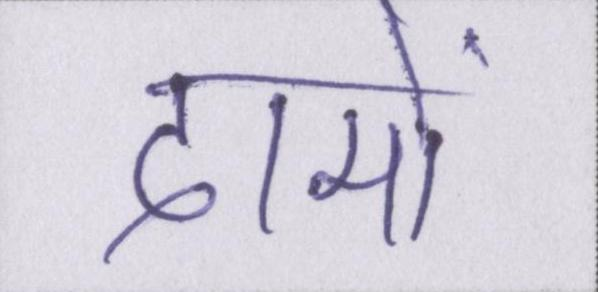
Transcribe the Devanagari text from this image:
दामों